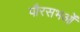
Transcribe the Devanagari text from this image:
पौरसभओं